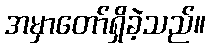
အမှာတော်ရှိခဲ့သည်။